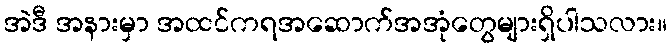
အဲဒီ အနားမှာ အထင်ကရအဆောက်အအုံတွေများရှိပါသလား။